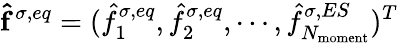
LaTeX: \mathbf{\hat{f}}^{\sigma,eq}=(\hat{f}_{1}^{\sigma,eq},\hat{f}_{2}^{\sigma,eq},\cdots,\hat{f}_{N_{\mathrm{{moment}}}}^{\sigma,ES})^{T}